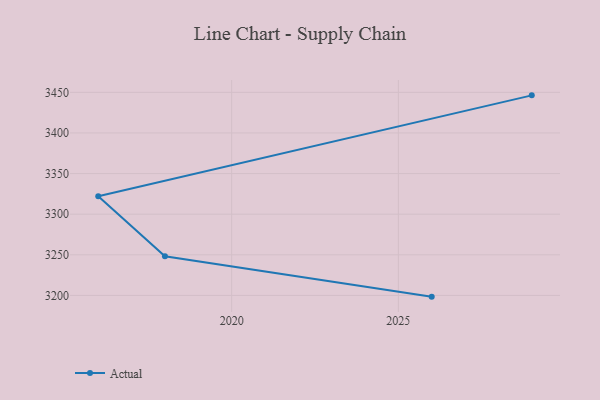
{"axis": {"x": "Year", "y": "Energy Usage (MWh)"}, "legend": ["Actual"], "data": [{"x": "2029", "y": 3446.3, "type": "Actual"}, {"x": "2016", "y": 3322.0, "type": "Actual"}, {"x": "2018", "y": 3248.3, "type": "Actual"}, {"x": "2026", "y": 3198.5, "type": "Actual"}]}